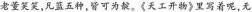
老董笑笑,凡篮五种,皆可为靛。《天工开物》里写着呢,无